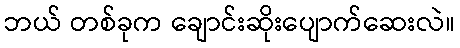
ဘယ် တစ်ခုက ချောင်းဆိုးပျောက်ဆေးလဲ။